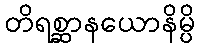
တိရစ္ဆာနယောနိမ္ပိ